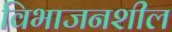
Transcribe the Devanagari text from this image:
विभाजनशील